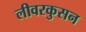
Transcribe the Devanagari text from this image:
लीवरकुसन